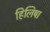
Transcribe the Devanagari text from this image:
हिलिषा